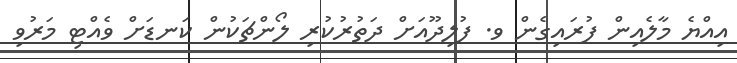
އިއްޔެ މާލެއިން ފުރައިގެން ވ. ފުލިދޫއަށް ދަތުރުކުރި ލޯންޗަކުން ކަނޑަށް ވެއްޓި މަރުވި